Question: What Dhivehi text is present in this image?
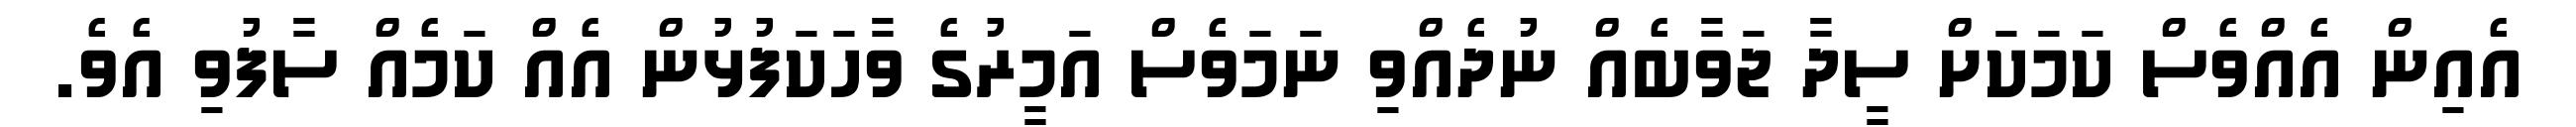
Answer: އެއިން އެއްވެސް ކަމަކަށް ސީދާ ޖަވާބެއް ނުދެއްވި ނަމަވެސް އަމީރުގެ ވާހަކަފުޅުން އެއް ކަމެއް ސާފުވި އެވެ.